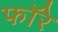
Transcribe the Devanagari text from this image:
फॉरे